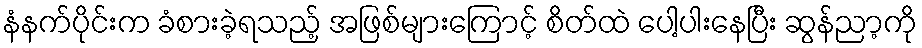
နံနက်ပိုင်းက ခံစားခဲ့ရသည့် အဖြစ်များကြောင့် စိတ်ထဲ ပေါ့ပါးနေပြီး ဆွန်ညာ့ကို